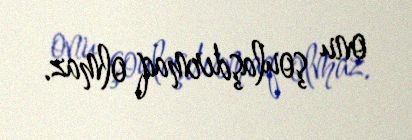
onu şoulaşdırmaq olmaz.